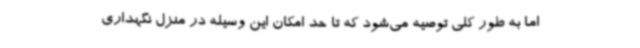
اما به طور کلی توصیه می‌شود که تا حد امکان این وسیله در منزل نگهداری